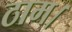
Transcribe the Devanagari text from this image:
ठाम।